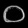
Digit: ၀